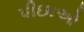
પીછાઓ